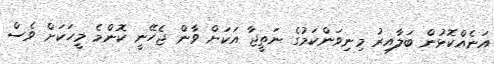
އަނެއްކޮޅުން ބަލާއިރު މިނިވަންކަމުގެ ނަތީޖާ އަކަށް ވާން ޖެހޭނީ ކޮންމެ މީހަކަށް ވެސް